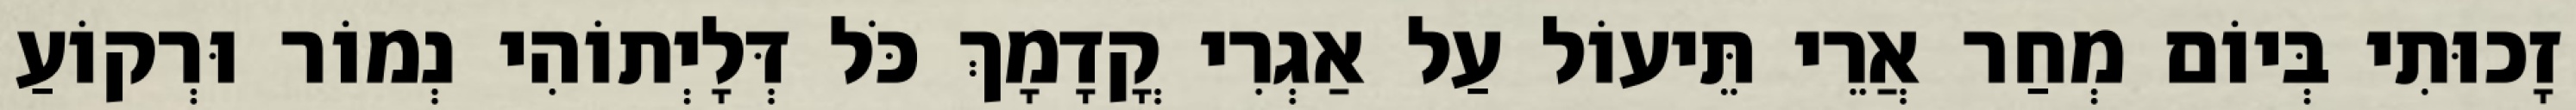
זָכוּתִי בְּיוֹם מְחַר אֲרֵי תֵּיעוֹל עַל אַגְרִי קֳדָמָךְ כֹּל דְּלָיְתוֹהִי נְמוֹר וּרְקוֹעַ